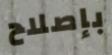
بإصلاح